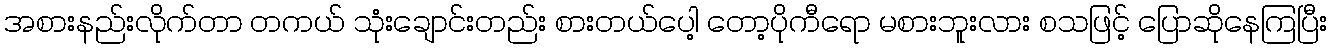
အစားနည်းလိုက်တာ တကယ် သုံးချောင်းတည်း စားတယ်ပေါ့ တော့ပိုကီရော မစားဘူးလား စသဖြင့် ပြောဆိုနေကြပြီး